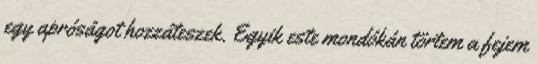
egy apróságot hozzáteszek. Egyik este mondókán törtem a fejem